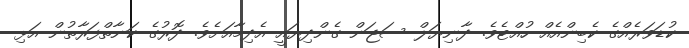
ކުޑަވަރެއްގެ ކެބިންއެއް ހުއްޓެވެ. ދާނިޔަލް ސަޖަން ގެންދިޔައީ އެދިމާއަށެވެ. ދޮރުގެ ކަނާތްފަރާތުން އަޅި